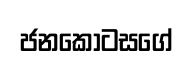
ජනකොටසගේ